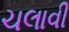
ચલાવી